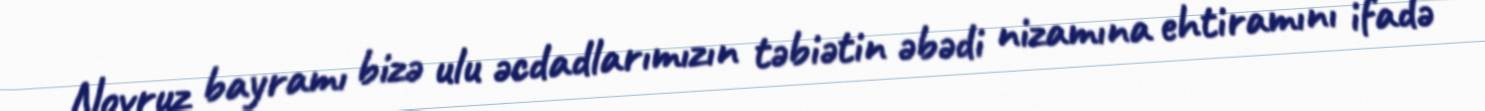
Novruz bayramı bizə ulu əcdadlarımızın təbiətin əbədi nizamına ehtiramını ifadə